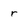
Character: r